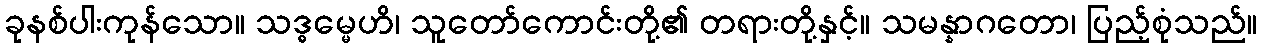
ခုနစ်ပါးကုန်သော။ သဒ္ဓမ္မေဟိ၊ သူတော်ကောင်းတို့၏ တရားတို့နှင့်။ သမန္နာဂတော၊ ပြည့်စုံသည်။